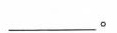
__。